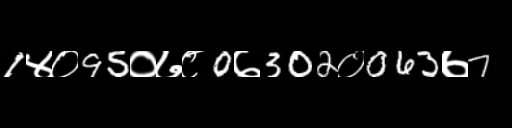
Text: 1४०95०७८0७302०063७7